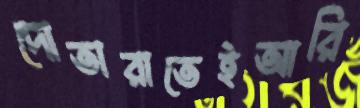
দোতারাতেইআরি